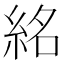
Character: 𥿨